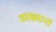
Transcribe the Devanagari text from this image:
व्यख्यानों